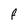
Character: F